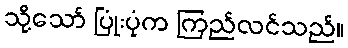
သို့သော် ပြုံးပုံက ကြည်လင်သည်။